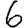
Digit: 6